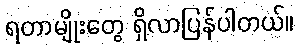
ရတာမျိုးတွေ ရှိလာပြန်ပါတယ်။